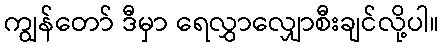
ကျွန်တော် ဒီမှာ ရေလွှာလျှောစီးချင်လို့ပါ။